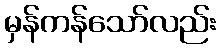
မှန်ကန်သော်လည်း